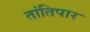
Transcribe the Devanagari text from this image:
तांतिपार